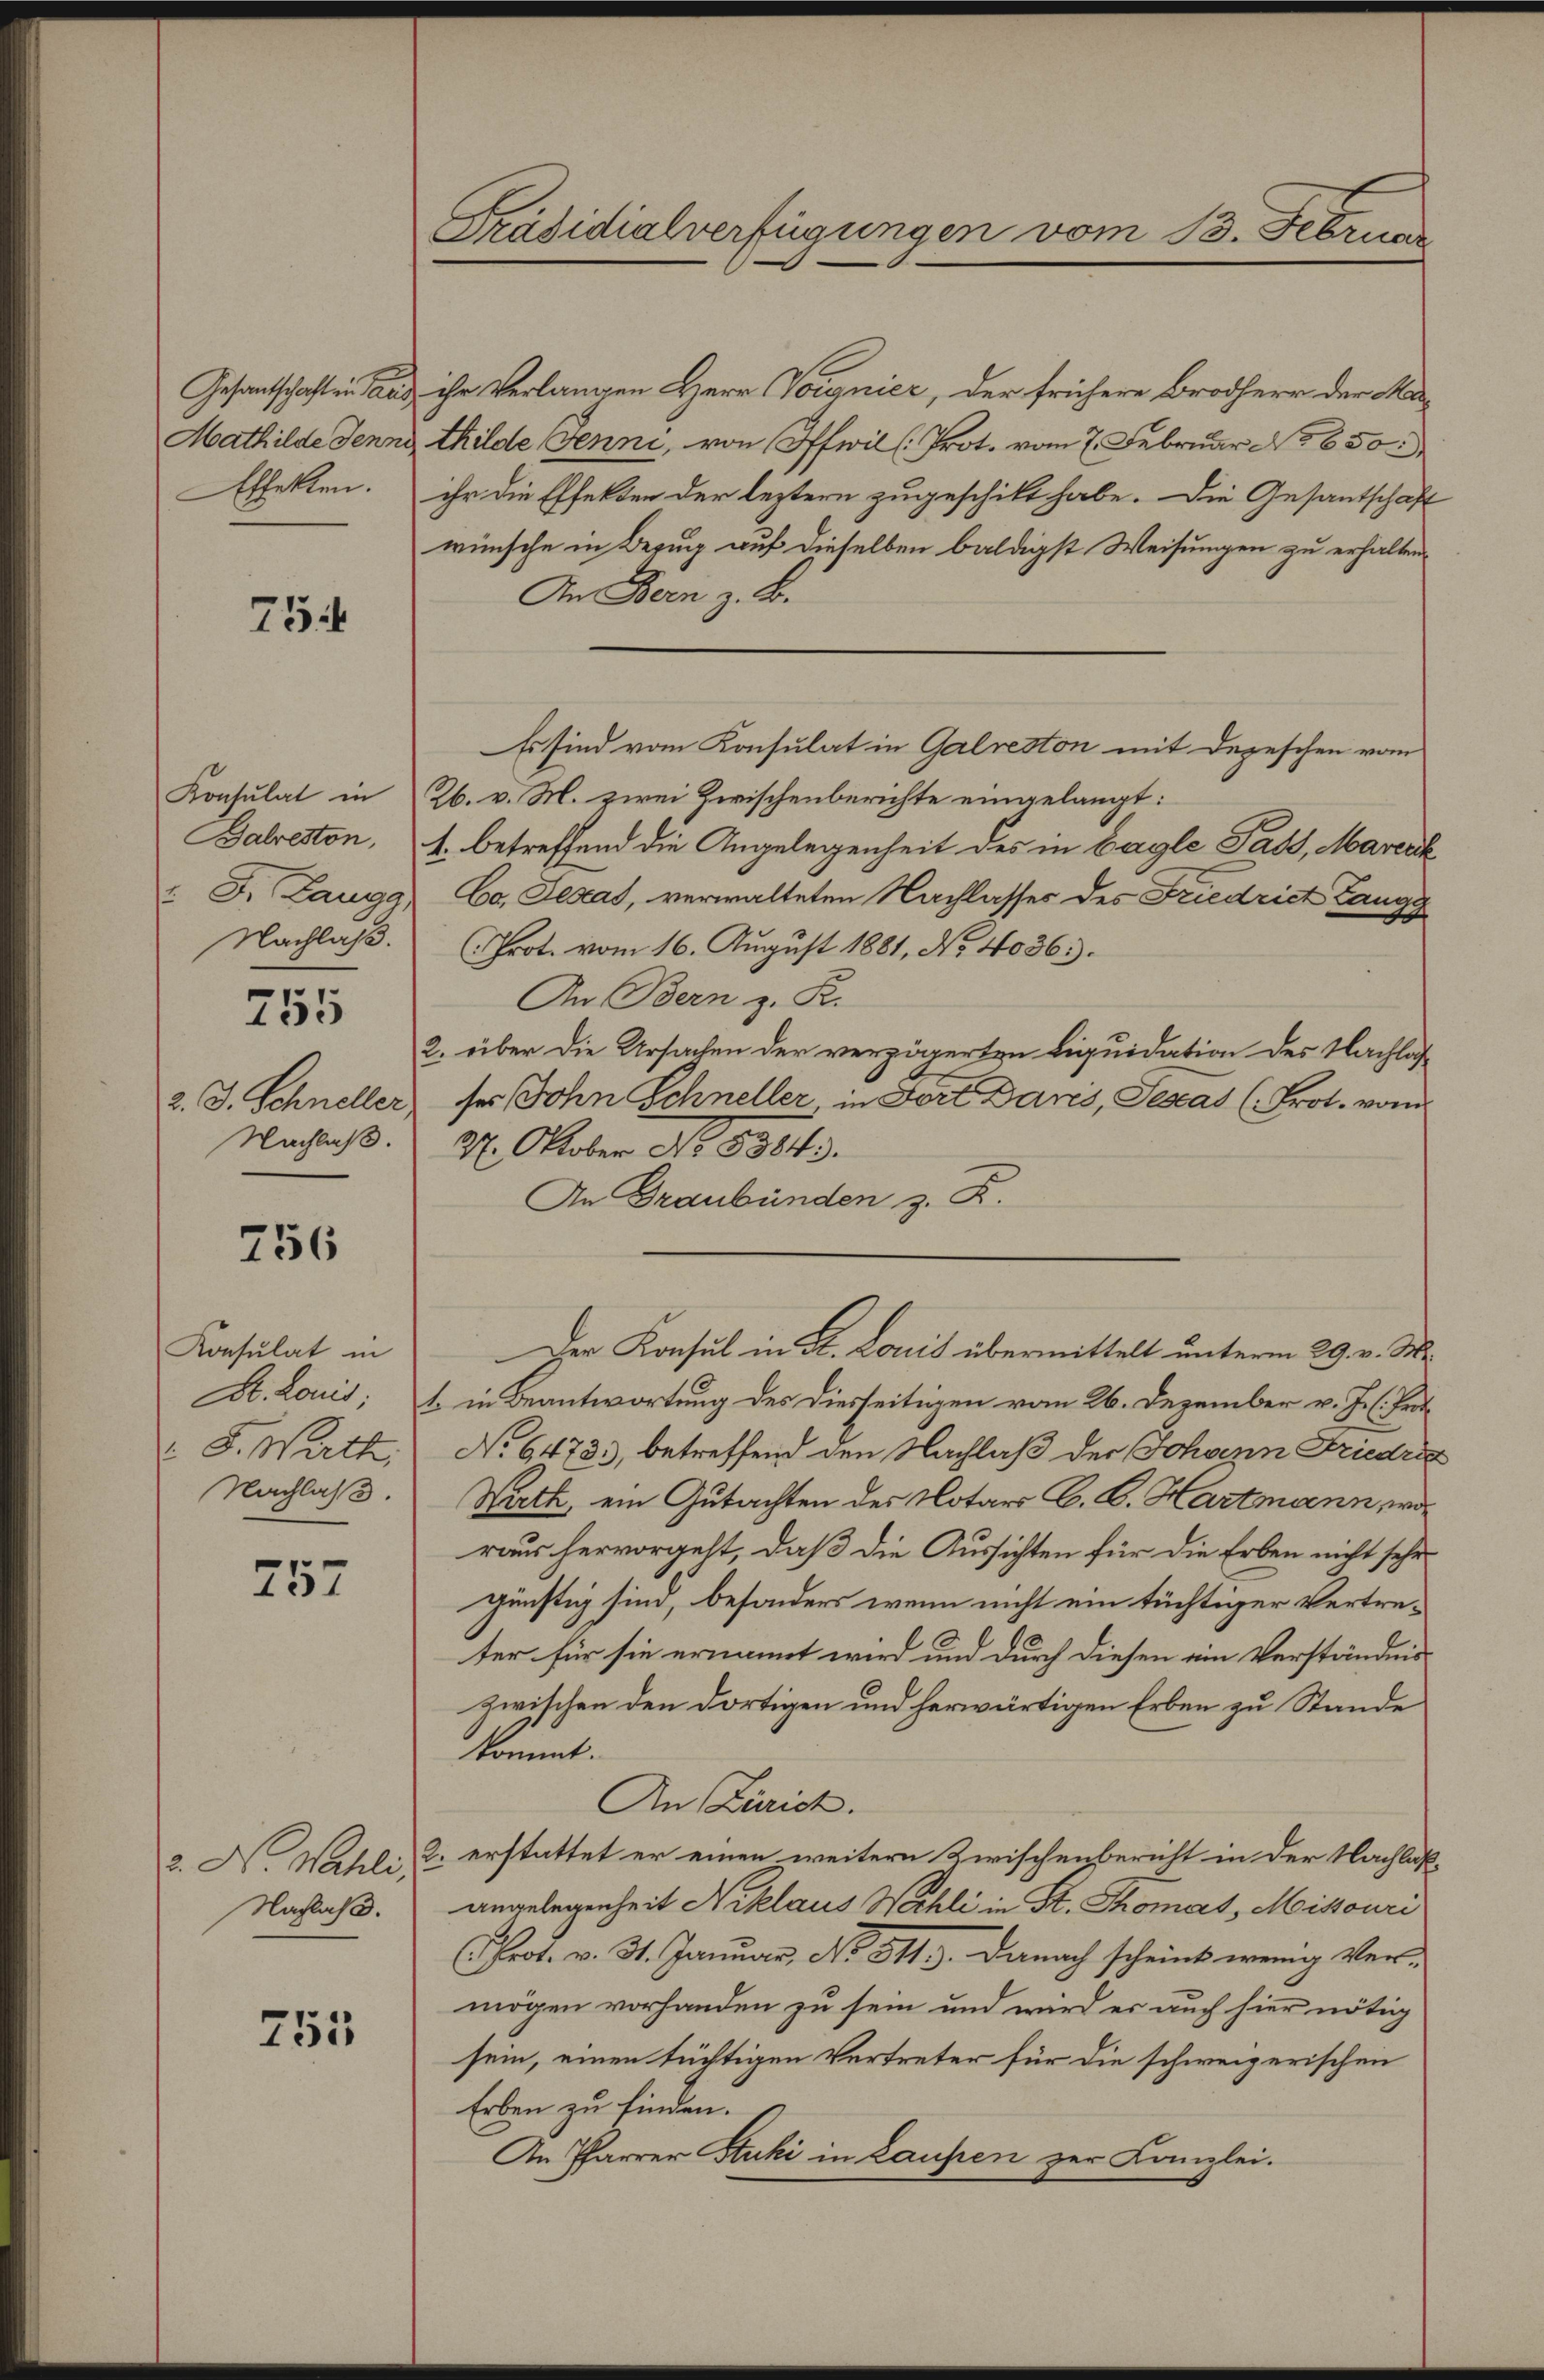
Gesantschaft in Paris,
Mathilde Jenn
Effekten.

754

Konsulat in
Balreston,
D. Laugg,
Nachlaß.

755

2. J. Schneller
Nachlaß.

756

Konsulat in
S. Warth.
Nachlaß.

757

Nachlaß.

753

Präsidialverfügungen vom 13. Februar

ihr Verlangen Herr Voignier, der frühere Brodherr der Mathilde Jenni, von Offwill. Prot. vom 7. Februar No 650
ihr die Effekten der leztern zugeschikt habe. Die Gesantschaft
wünsche in Bezug auf dieselben baldigst Weisungen zu erhalten.
An Bern z. B.
26. v. M. zwei Zwischenberichte eingelangt:
1. betreffend die Angelegenheit des in bagle Pass, Mareck
Co. Jenas, verwalteten Nachlasses des Friedrict Zangg
(Prot. vom 16. August 1881, No 4036.
An Bern z. R.
2. über die Ursachen der verzögerten Liquidation des Nachlas
ses John Schneller, in Fort Daris, Testas (Prot. vom
27. Oktober No. 5384.
An Graubünden z. B.
Der Konsul in St. Louis übermittelt unterm 29. v. M.
St. Louis; 1 in Beantwortung des Diesseitigen vom 26. Dezember v. J. Prot
No 6473, betreffend den Nachlaß der Johann Friedri
Statt, ein Gutachten des Notars G. B. Hartmann, wo
raus hervorgeht, daß die Aussichten für die Erben nicht sehr
günstig sind, besonders wenn nicht ein tüchtiger Vertreter für sie ernannt wird und durch diesen ein Verständnis
zwischen den dortigen und herwärtigen Erben zu Stande
kömmt.
An Zürich.
2. No. Walli, u. erstattet er einen weitern Zwischenbericht in der Nachlaßangelegenheit Niklaus Wechli in St. Thomas, Missouri
Prot. v. 3. Januar, No 311. Danach scheint wenig Ver-
mögen vorhanden zu sein und wird er auch hier nötig
sein, einen tüchtigen Vertreter für die schweizerischen
Erben zu finden.
An Pfarrer Auki in Laupen zur Kanzlei.

Es sind vom Konsulat in Galreston mit Depeschen vom